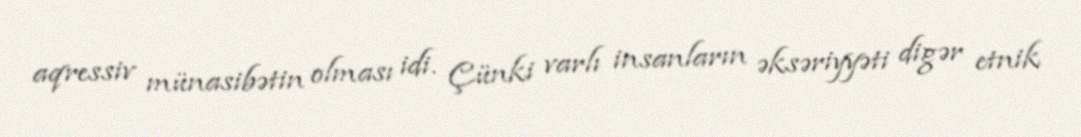
aqressiv münasibətin olması idi. Çünki varlı insanların əksəriyyəti digər etnik